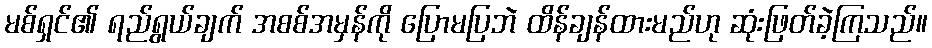
မစ်ရှင်၏ ရည်ရွယ်ချက် အစစ်အမှန်ကို ပြောမပြဘဲ ထိန်ချန်ထားမည်ဟု ဆုံးဖြတ်ခဲ့ကြသည်။